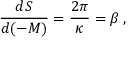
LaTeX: \frac { d S } { d ( - M ) } = \frac { 2 \pi } { \kappa } = \beta \, ,